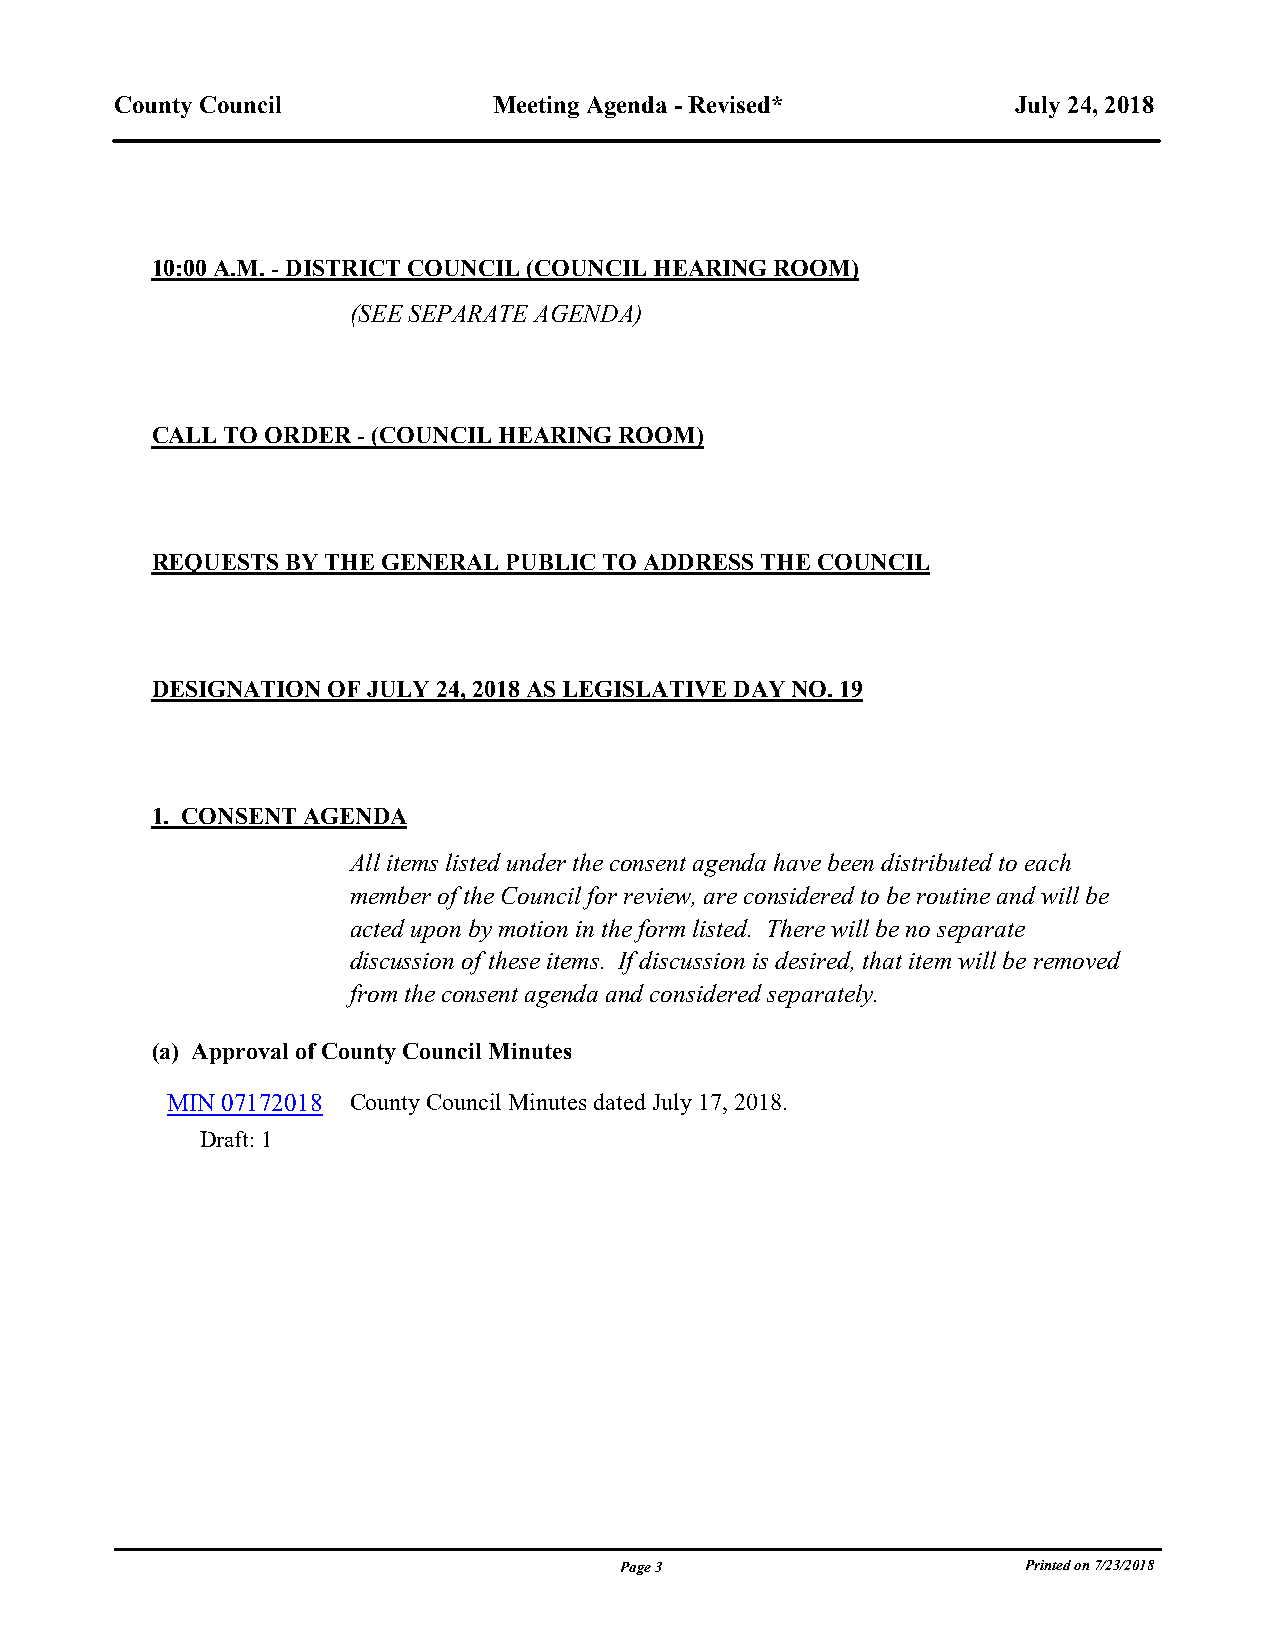
County Council           Meeting Agenda - Revised*         July 24, 2018
 blank line
 10:00 A.M. - DISTRICT COUNCIL (COUNCIL HEARING ROOM)
 (SEE SEPARATE AGENDA)
 blank line
 CALL TO ORDER - (COUNCIL HEARING ROOM)
 blank line
 REQUESTS BY THE GENERAL PUBLIC TO ADDRESS THE COUNCIL
 blank line
 DESIGNATION OF JULY 24, 2018 AS LEGISLATIVE DAY NO. 19
 blank line
 1. CONSENT AGENDA
 All items listed under the consent agenda have been distributed to each
 member of the Council for review, are considered to be routine and will be
 acted upon by motion in the form listed. There will be no separate
 discussion of these items. If discussion is desired, that item will be removed
 from the consent agenda and considered separately.
 (a) Approval of County Council Minutes
 MIN 07172018 County Council Minutes dated July 17, 2018.
 Draft: 1
 Page 3                     Printed on 7/23/2018